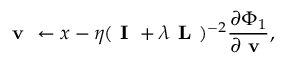
\textbf { v } \leftarrow x - \eta ( \textbf { I } + \lambda \textbf { L } ) ^ { - 2 } \frac { \partial \Phi _ { 1 } } { \partial \textbf { v } } ,